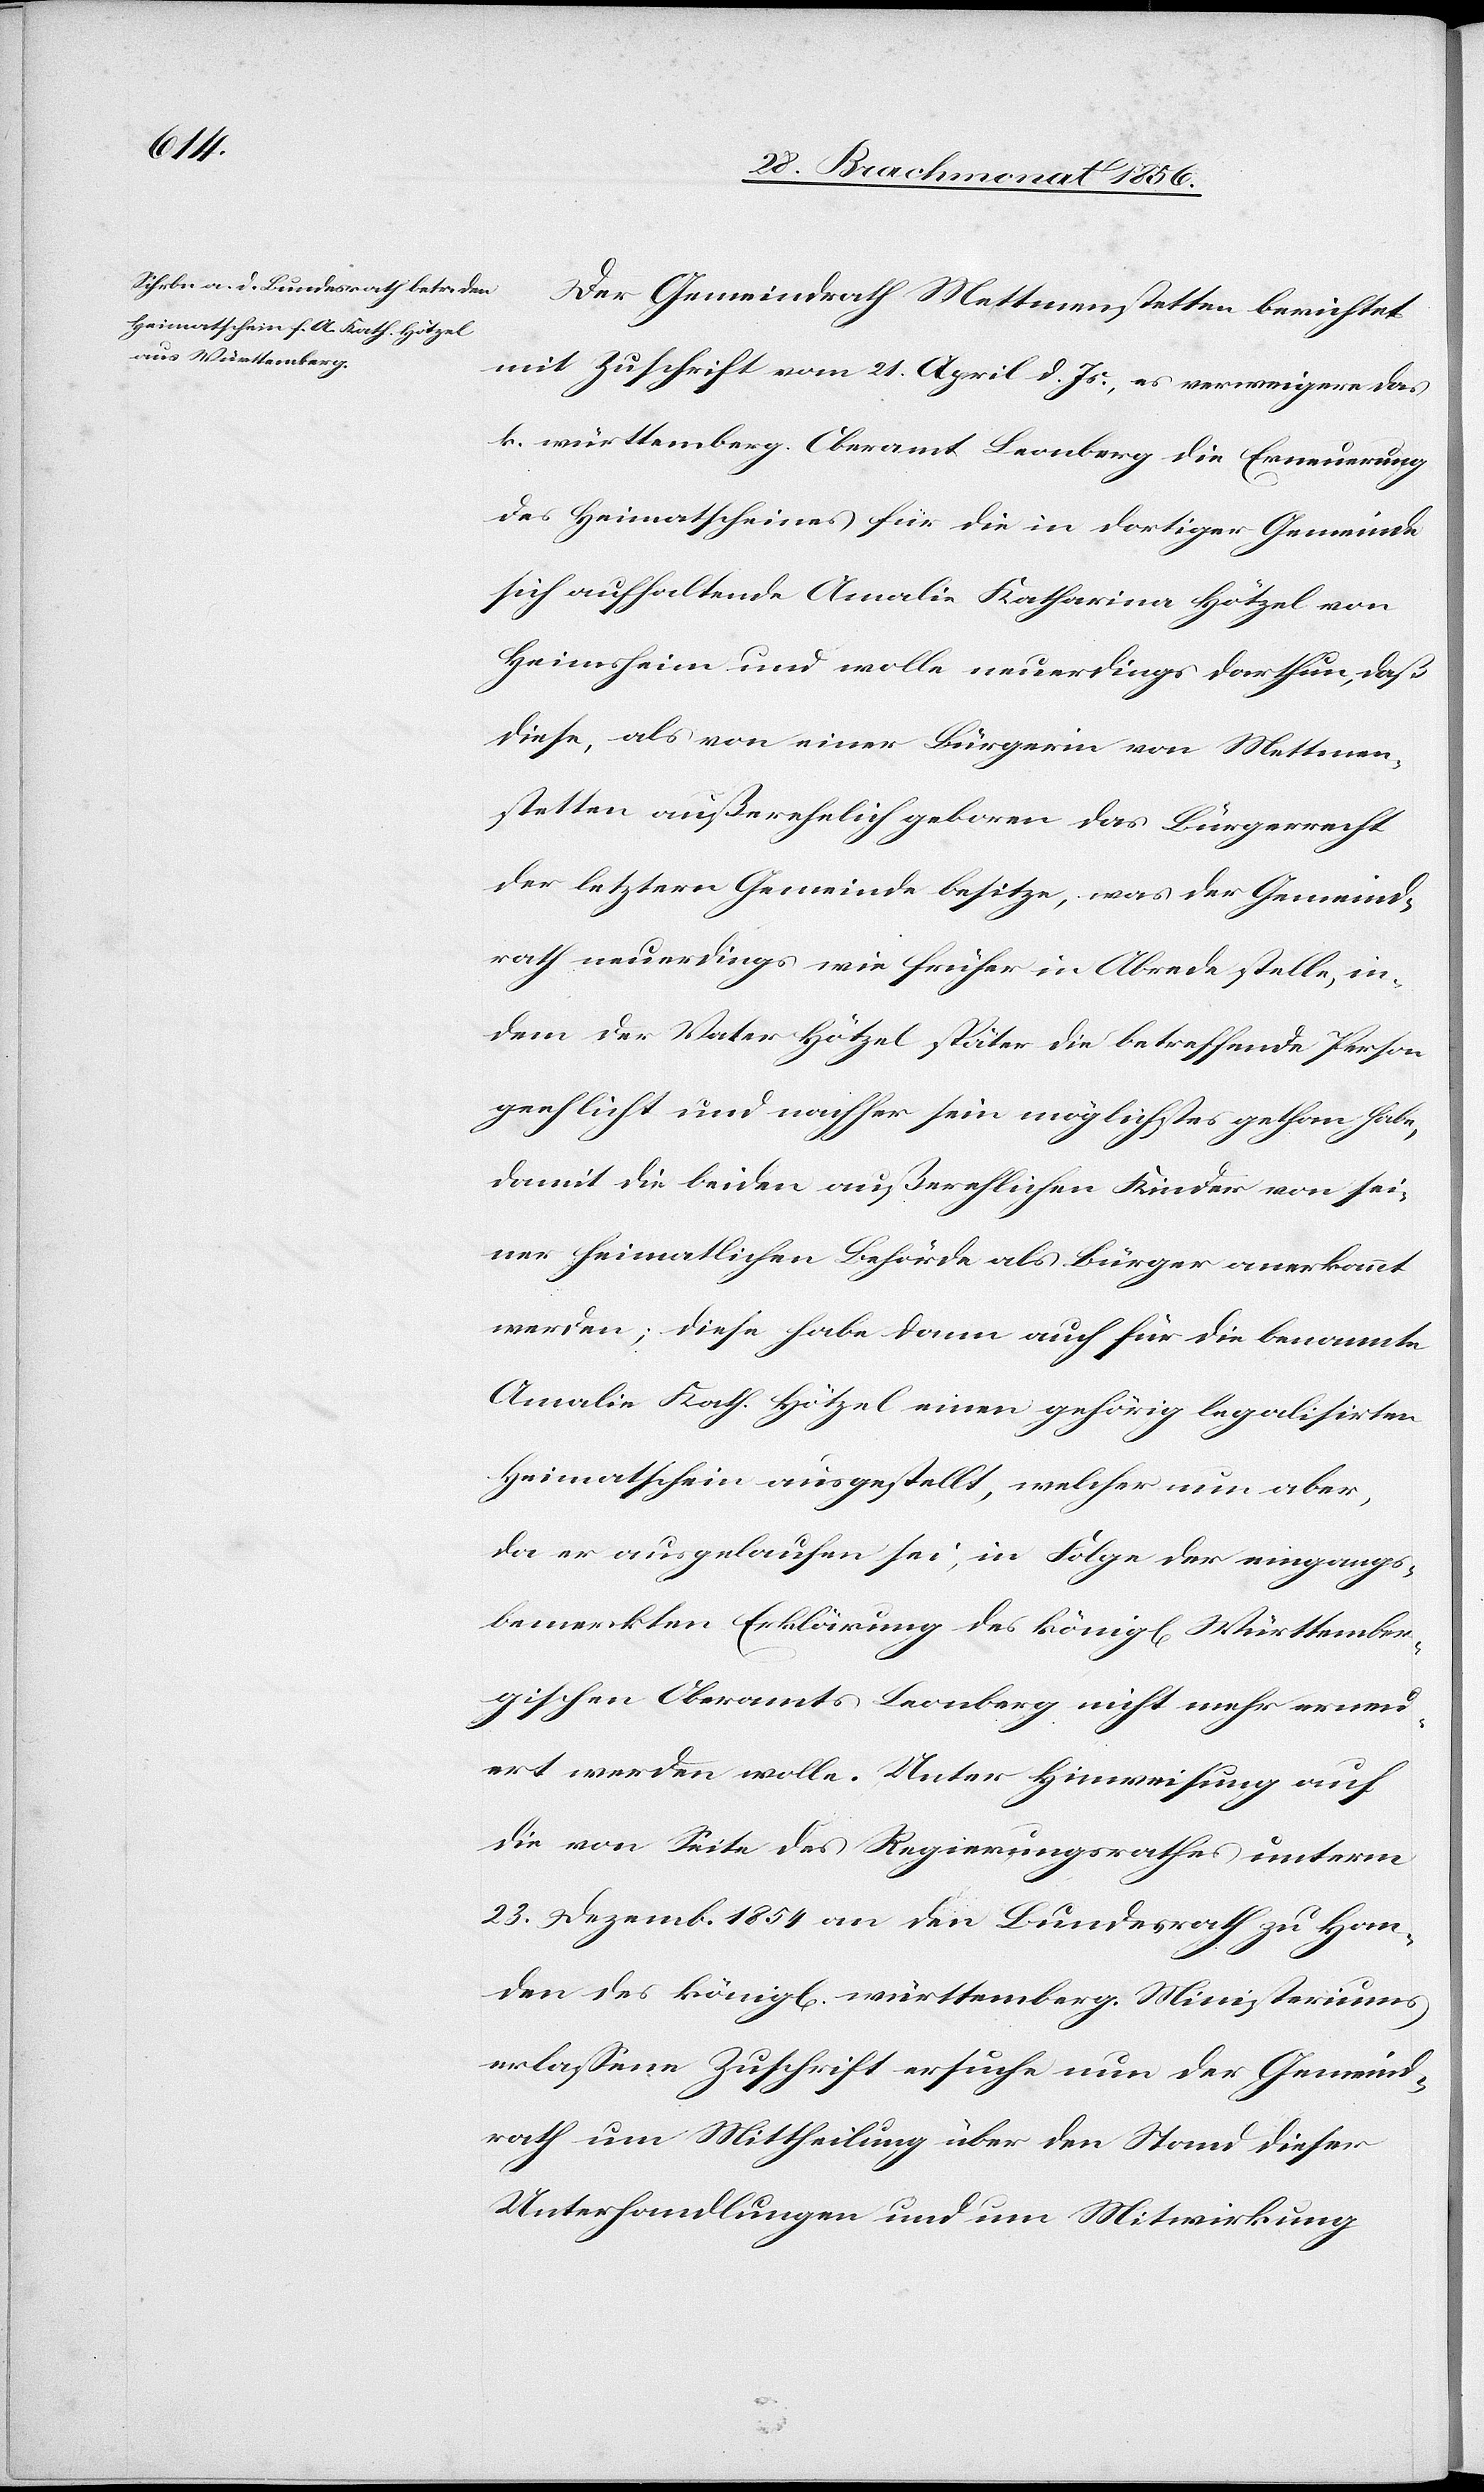
Der Gemeindrath Mettmenstetten berichtet
mit Zuschrift vom 21. April d. Js., es verweigere das
k. württemberg. Oberamt Leonberg die Erneuerung
des Heimatscheines für die in dortiger Gemeinde
sich aufhaltende Amalie Katharina Hötzel von
Heimsheim und wolle neuerdings darthun, daß
diese, als von einer Bürgerin von Mettmen¬
stetten außerehelich geboren das Bürgerrecht
der letztern Gemeinde besitze, was der Gemeind¬
rath neuerdings wie früher in Abrede stelle, in¬
dem der Vater Hötzel später die betreffende Person
geehlicht und nachher sein möglichstes gethan habe,
damit die beiden außerehlichen Kinder von sei¬
ner heimatlichen Behörde als Bürger anerkannt
werden; diese habe dann auch für die benannte
Amalie Kath. Hötzel einen gehörig legalisirten
Heimatschein ausgestellt, welcher nun aber,
da er ausgelaufen sei, in Folge der eingangs¬
bemerkten Erklärung des königl[ich] Württember¬
gischen Oberamts Leonberg nicht mehr erneu¬
ert werden wolle. Unter Hinweisung auf
die von Seite des Regierungsrathes unterm
23. Dezemb. 1854 an den Bundesrath zu Han¬
den des königl[ich] württemberg. Ministeriums
erlassene Zuschrift ersuche nun der Gemeind¬
rath um Mittheilung über den Stand dieser
Unterhandlungen und um Mitwirkung